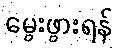
မွေးဖွားရန်